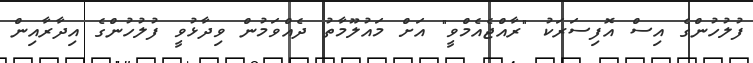
ފުލުހުންގެ އިސް އޮފިސަރަކު "ރާއްޖެއެމްވީ" އަށް މައުލޫމާތު ދެއްވަމުން ވިދާޅުވީ ފުލުހުންގެ އިދާރާއިން